Annual report of the Imperial Bacteriologist
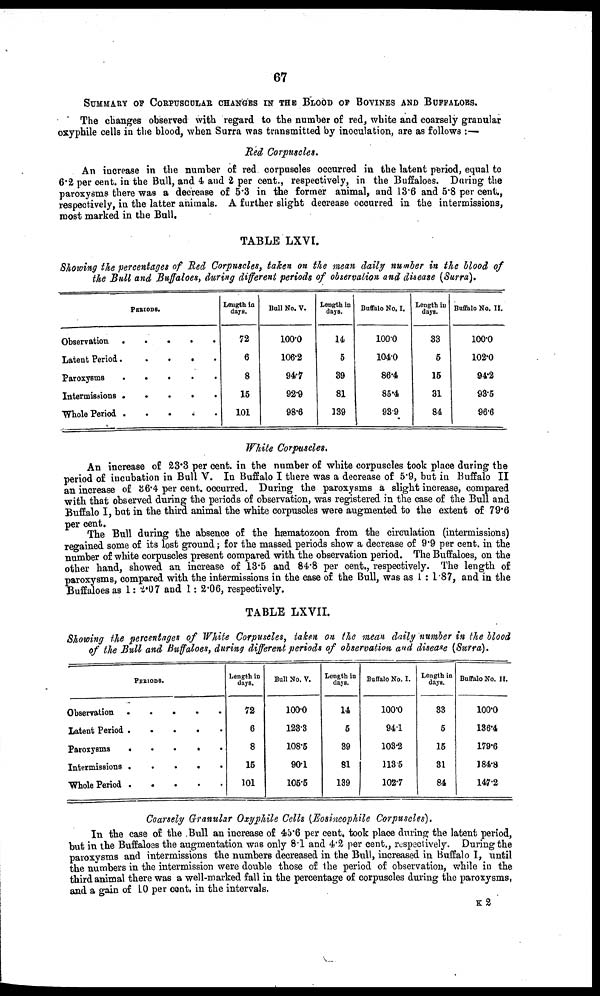
67
SUMMARY OF CORPUSCULAR CHANGES IN THE BLOOD OF BOVINES AND BUFFALOES.
The changes observed with regard to the number of red, white and coarsely granular
oxyphile cells in the blood, when Surra was transmitted by inoculation, are as follows :—
Red Corpuscles.
An increase in the number of red corpuscles occurred in the latent period, equal to
6.2 per cent. in the Bull, and 4 and 2 per cent., respectively, in the Buffaloes. During the
paroxysms there was a decrease of 5.3 in the former animal, and 13.6 and 5.8 per cent.,
respectively, in the latter animals. A further slight decrease occurred in the intermissions,
most marked in the Bull.
TABLE LXVI.
Showing the percentages of Red Corpuscles, taken on the mean daily number in the blood of
the Bull and Buffaloes, during different periods of observation and disease (Surra).
PERIODS.
Observation
Latent Period
Paroxysms
Intermissions
Whole Period
.
.
.
.
.
.
.
.
.
.
.
.
.
.
.
.
.
.
.
.
.
.
.
.
.
Length in
days.
72
6
8
15
101
Bull No. V.
100.0
106.2
94.7
92.9
98.6
Length in
days.
14
5
39
81
139
Buffalo No. I.
100.0
104.0
86.4
85.4
93.9
Length in
days.
33
5
15
31
84
Buffalo No. II.
100.0
102.0
94.2
93.5
96.6
White Corpuscles.
An increase of 23.3 per cent. in the number of white corpuscles took place during the
period of incubation in Bull V. In Buffalo I there was a decrease of 5.9, but in Buffalo II
an increase of 36.4 per cent. occurred. During the paroxysms a slight increase, compared
with that observed during the periods of observation, was registered in the case of the Bull and
Buffalo I, but in the third animal the white corpuscles were augmented to the extent of 79.6
per cent.
The Bull during the absence of the hæmatozoon from the circulation (intermissions)
regained some of its lost ground; for the massed periods show a decrease of 9.9 per cent. in the
number of white corpuscles present compared with the observation period. The Buffaloes, on the
other hand, showed an increase of 13.5 and 84.8 per cent., respectively. The length of
paroxysms, compared with the intermissions in the case of the Bull, was as 1 : 1.87, and in the
Buffaloes as 1: 2.07 and 1: 2.06, respectively.
TABLE LXVII.
Showing the percentages of White Corpuscles, taken on the mean daily number in the blood
of the Bull and Buffaloes, during different periods of observation and disease (Surra).
PERIODS.
Observation
Latent Period
Paroxysms
Intermissions
Whole Period
.
.
.
.
.
.
.
.
.
.
.
.
.
.
.
.
.
.
.
.
.
.
.
.
.
Length in
days.
72
6
8
15
101
Bull No. V.
100.0
123.3
108.5
90.1
105.5
Length in
days.
14
5
39
81
139
Buffalo No. I.
100.0
94.1
103.2
113.5
102.7
Length in
days.
33
5
15
31
84
Buffalo No. II.
100.0
136.4
179.6
184.8
147.2
Coarsely Granular Oxyphile Cells (Eosineophile Corpuscles).
In the case of the Bull an increase of 45.6 per cent. took place during the latent period,
but in the Buffaloes the augmentation was only 8.1 and 4.2 per cent., respectively. During the
paroxysms and intermissions the numbers decreased in the Bull, increased in Buffalo I, until
the numbers in the intermission were double those of the period of observation, while in the
third animal there was a well-marked fall in the percentage of corpuscles during the paroxysms,
and a gain of 10 per cent. in the intervals.
K 2